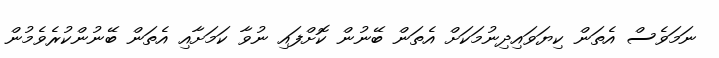
ނަމަވެސް އެތަން ކިޔަވައިދިނުމަކަށް އެތަން ބޭނުން ކޮށްފައި ނުވާ ކަމަށާއި އެތަން ބޭނުންކުރެވެމުން